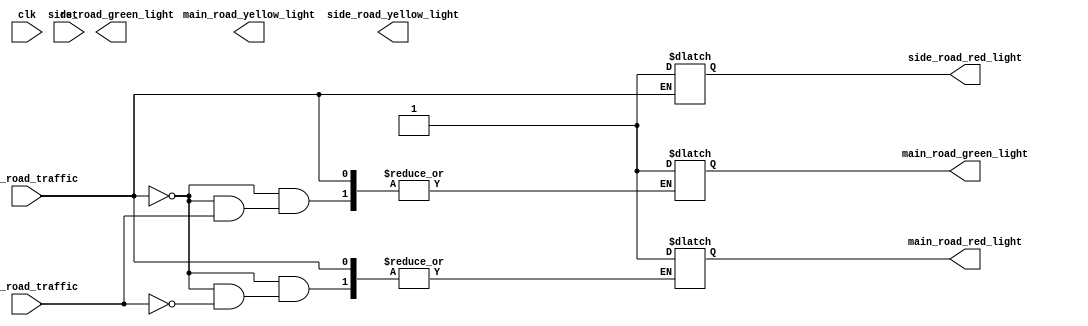
`timescale 1ns / 1ps
//////////////////////////////////////////////////////////////////////////////////
// Company: 
// Engineer: 
// 
// Design Name: 
// Module Name: project_tlc
// Project Name: 
// Target Devices: 
// Tool Versions: 
// Description: 
// 
// Dependencies: 
// 
// Revision:
// Revision 0.01 - File Created
// Additional Comments:
// 
//////////////////////////////////////////////////////////////////////////////////

module project_tlc
  (
    input wire clk, rst, 
    input wire main_road_traffic, side_road_traffic,
    output reg main_road_green_light,
    output reg main_road_yellow_light,
    output reg main_road_red_light,
    output reg side_road_green_light,
    output reg side_road_yellow_light,
    output reg side_road_red_light
  );
  
  parameter main_road_red = 0,
            main_road_yellow = 1, main_road_green = 2,
            side_road_red = 3, side_road_yellow = 4,
            side_road_green = 5;
  
  reg [2:0] PS, NS; //PS - Present State, NS - Next State
  reg [2:0] counter = 0;

  
  always @(posedge clk)
    begin
      if(rst)
        begin
          PS <= 0;
          counter = 0;
        end
      else
        PS <= NS;
    end
  
  always @(*)
    begin
      case(PS)

        
        main_road_red : begin
          if (counter < 5)
            begin
              NS = main_road_red;
              counter = counter + 1;
            end
          else
            begin
              NS = main_road_yellow;
              counter = 0;
            end
        end
        
        
        
        
        main_road_yellow : begin
          if (counter < 5)
            begin
              NS = main_road_yellow;
              counter = counter + 1;
            end
          else
            begin
              NS = main_road_green;
              counter = 0;
            end
        end
        
        
        
        main_road_green : begin
          if (counter < 5)
            begin
              NS = main_road_green;
              counter = counter + 1;
            end
          else
            begin
              NS = side_road_red;
              counter = 0;
            end
        end

        
 

        
        side_road_red : begin
          if (counter < 5)
            begin
              NS = side_road_red;
              counter = counter + 1;
            end
          else
            begin
              NS = side_road_yellow;
              counter = 0;
            end
        end
        
        

        
        side_road_yellow : begin
          if (counter < 5)
            begin
              NS = side_road_yellow;
              counter = counter + 1;
            end
          else
            begin
              NS = side_road_green;
              counter = 0;
            end
        end
        
        
        
        side_road_green : begin
          if (counter < 5)
            begin
              NS = side_road_green;
              counter = counter + 1;
            end
          else
            begin
              NS = main_road_red;
              counter = 0;
            end
        end

        
        default : begin
          if (counter < 5)
            begin
              NS = main_road_green;
              counter = counter + 1;
            end
          else
            begin
              NS = main_road_red;
              counter = 0;
            end
        end
        
      endcase
    end
  
  
  always @(*)
    begin
      if (main_road_traffic)
        begin
          side_road_red_light = 1;
        end
      else if (side_road_traffic)
        begin
          main_road_red_light = 1;
        end
      else
        begin
          main_road_green_light = 1;
        end
    end
  
endmodule